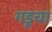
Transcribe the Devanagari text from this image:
गडूचा